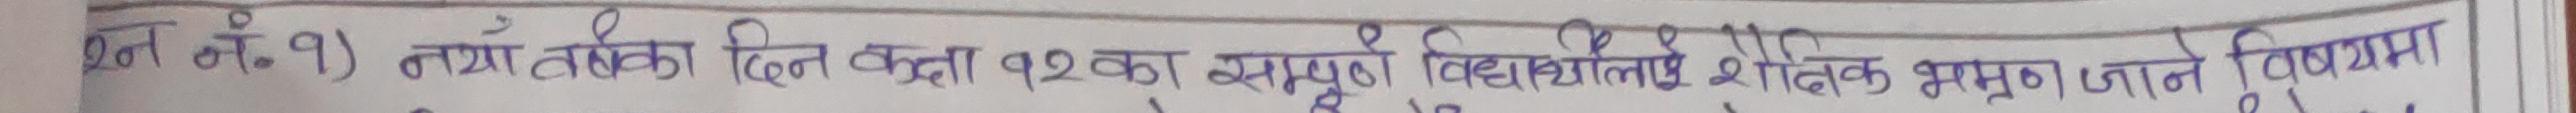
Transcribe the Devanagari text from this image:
श्न नं. १) नयाँ वर्षका दिन कक्षा १२ का सम्पूर्ण विद्यार्थीलाई शैक्षिक भम्रण जाने विषयमा